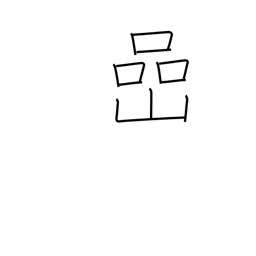
Meaning: rock